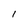
Character: l